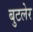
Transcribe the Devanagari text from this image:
बुटलेर